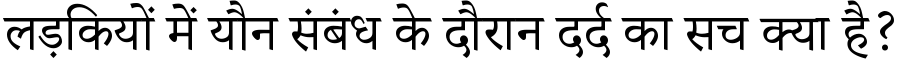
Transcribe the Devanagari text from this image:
लड़कियों में यौन संबंध के दौरान दर्द का सच क्या है?